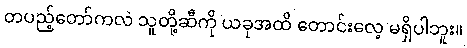
တပည့်တော်ကလဲ သူတို့ဆီကို ယခုအထိ တောင်းလေ့ မရှိပါဘူး။